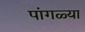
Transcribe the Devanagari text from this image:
पांगळ्या